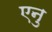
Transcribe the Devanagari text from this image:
एनु